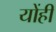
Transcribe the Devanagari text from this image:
योंही